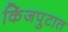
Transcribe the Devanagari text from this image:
किंजपुटात